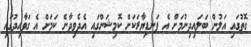
ގޮތުގައި އަލުން ބަލައިދިނުމަށް އެ ފަނޑިޔާރަކަށް ކޮމިޝަންގައި އެދެވިދާނެ ކަމަށް އެ ގަވާއިދުގައި